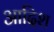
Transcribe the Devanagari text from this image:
आदिश